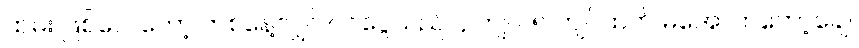
ထမ်း ဖြစ်လေတော့ တစ်နေ့လျှင် ဝင်ငွေသည် ၄ ကျပ်၊ ၅ ကျပ်ထက် မအောက်တော့ချေ။